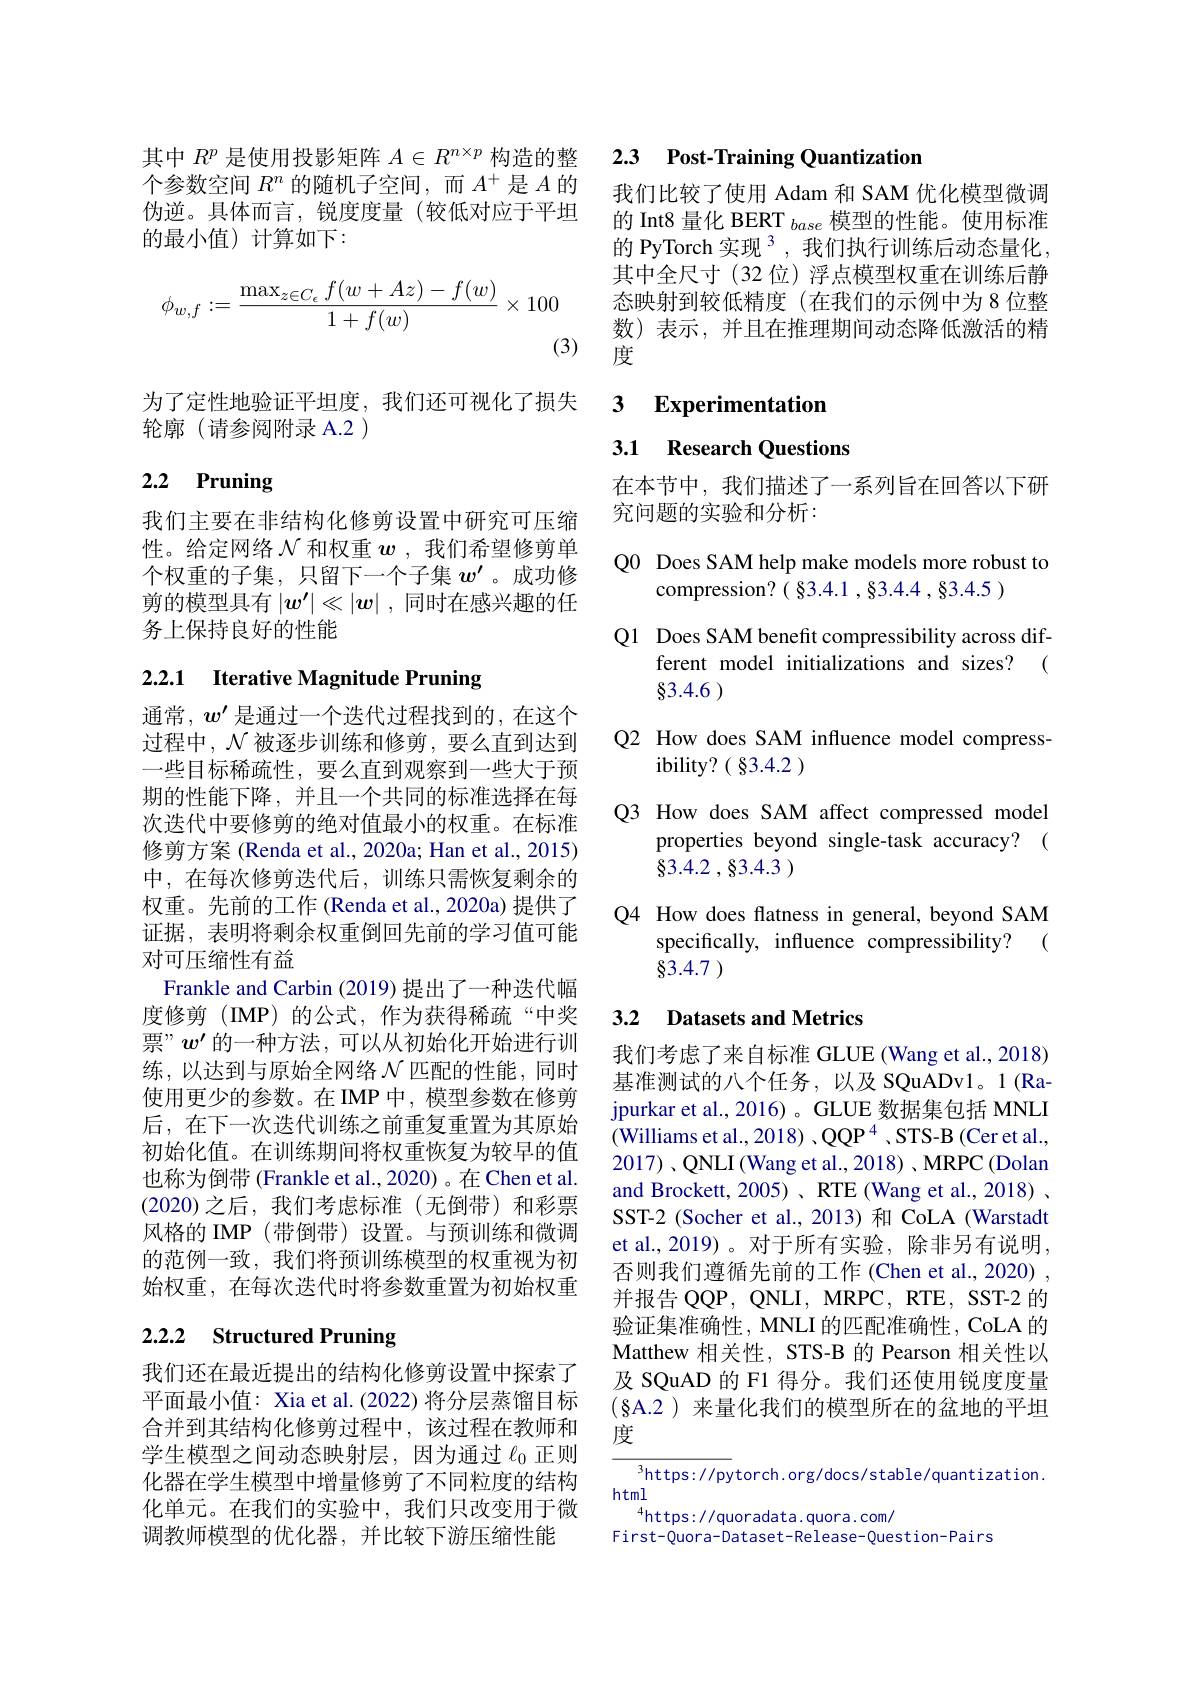
其中$R^p$是使用投影矩阵$A\in R^n\times p$构造的整个参数空间$R^n$的随机子空间，而$A^+$是$A$的伪逆。具体而言，锐度度量(较低对应于平坦的最小值)计算如下：
$$\phi_{w,f}:=\frac{\max_{z\in C_{\epsilon}}f(w+Az)-f(w)}{1+f(w)}\times100$$
为了定性地验证平坦度，我们还可视化了损失
轮廓(请参阅附录 A.2 )

# 2.2 Pruning

我们主要在非结构化修剪设置中研究可压缩性。给定网络$\mathcal{N}$和权重$\boldsymbol w$ ,我们希望修剪单个权重的子集，只留下一个子集$w^{\prime}$ 。成功修剪的模型具有$|w^{\prime}|\ll|w|$ ,同时在感兴趣的任务上保持良好的性能

# 2.2.1 Iterative Magnitude Pruning

通常，$w^{\prime}$是通过一个迭代过程找到的，在这个过程中，$\mathcal{N}$被逐步训练和修剪，要么直到达到一些目标稀疏性，要么直到观察到一些大于预期的性能下降，并且一个共同的标准选择在每次迭代中要修剪的绝对值最小的权重。在标准修剪方案 (Renda et al., 2020a; Han et al., 2015) 中，在每次修剪迭代后，训练只需恢复剩余的权重。先前的工作 (Renda et al., 2020a) 提供了证据，表明将剩余权重倒回先前的学习值可能对可压缩性有益
Frankle and Carbin (2019) 提出了一种迭代幅度修剪(IMP)的公式，作为获得稀疏“中奖票”$w^{\prime}$的一种方法，可以从初始化开始进行训练，以达到与原始全网络$\mathcal{N}$ 匹配的性能，同时使用更少的参数。在 IMP 中，模型参数在修剪后，在下一次迭代训练之前重复重置为其原始初始化值。在训练期间将权重恢复为较早的值也称为倒带 (Frankle et al., 2020) 。在 Chen et al. (2020)之后，我们考虑标准(无倒带)和彩票风格的 IMP (带倒带)设置。与预训练和微调的范例一致，我们将预训练模型的权重视为初始权重，在每次迭代时将参数重置为初始权重

# 2.2.2 Structured Pruning

我们还在最近提出的结构化修剪设置中探索了平面最小值：Xia et al.(2022) 将分层蒸馏目标合并到其结构化修剪过程中，该过程在教师和学生模型之间动态映射层，因为通过$\ell_{0}$正则化器在学生模型中增量修剪了不同粒度的结构化单元。在我们的实验中，我们只改变用于微调教师模型的优化器，并比较下游压缩性能

## 2.3 Post-Training Quantization

我们比较了使用 Adam 和 SAM 优化模型微调的 Int8 量化 BERT $_base$ 模 型 的 性 能 。使 用 标 准 的 PyTorch 实现 $^3$, 我们执行训练后动态量化， 其中全尺寸(32 位)浮点模型权重在训练后静态映射到较低精度(在我们的示例中为8位整数)表示，并且在推理期间动态降低激活的精度

3 $\textbf{Experimentation}$

## 3.1 Research Questions

在本节中，我们描述了一系列旨在回答以下研
究问题的实验和分析：

Q0 Does SAM help make models more robust to
compression? ( $\S 3. 4. 1$ , $\S 3. 4. 4$ , $\S 3. 4. 5$ )
Q1 Does SAM benefit compressibility across dif-
ferent model initializations and sizes? (
83.4.6 )
Q2 How does SAM influence model compress-
ibility? ( 83. 4. 2 )
Q3 How does SAM affect compressed model
properties beyond single-task accuracy? (
$\S 3. 4. 2$ $, \S 3. 4. 3$ )
Q4 How does flatness in general, beyond SAM
specifically, influence compressibility? (
83.4.7

### 3.2 $\textbf{Datasets and Metrics}$

我们考虑了来自标准 GLUE (Wang et al., 2018) 基准测试的八个任务，以及 SQuADv1。1(Rajpurkar et al., 2016) 。GLUE 数据集包括 MNLI (Williams et al., 2018) , QQP 4 , STS-B (Cer et al., $2017)、$QNLI(Wang et al., 2018)、MRPC(Dolan and Brockett, 2005) 、RTE (Wang et al., 2018) 、 SST-2 (Socher et al., 2013) 和 CoLA (Warstadt et al.,2019)。对于所有实验，除非另有说明， 否则我们遵循先前的工作 (Chen et al., 2020) , 并报告QQP，QNLI,MRPC,RTE,SST-2的验证集准确性，MNLI 的匹配准确性，CoLA 的Matthew 相关性，STS-B 的 Pearson 相关性以及 SQuAD 的 F1 得分。我们还使用锐度度量(8A.2)来量化我们的模型所在的盆地的平坦度

${\frac{3}{\mathrm{https:}//\mathrm{py}}}$torch.org/docs/stable/quantization.
html
$^{4}$https://quoradata.quora.com/
First-Quora-Dataset-Release-Question-Pairs